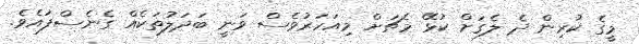
މީގެ ކުރިން ދެ ލެގަށް ކުޅޭ މެޗަށް މިއަހަރުވެސް ވަނީ ބަދަލުތަކެއް ގެނެސްފައެވެ.